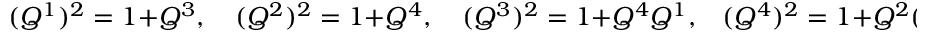
( Q ^ { 1 } ) ^ { 2 } = 1 + Q ^ { 3 } , \quad ( Q ^ { 2 } ) ^ { 2 } = 1 + Q ^ { 4 } , \quad ( Q ^ { 3 } ) ^ { 2 } = 1 + Q ^ { 4 } Q ^ { 1 } , \, \, \, \, \, ( Q ^ { 4 } ) ^ { 2 } = 1 + Q ^ { 2 } ( Q ^ { 3 } ) ^ { 2 } ,